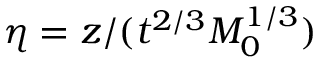
\eta = z / ( t ^ { 2 / 3 } M _ { 0 } ^ { 1 / 3 } )